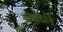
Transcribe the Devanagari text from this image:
कमांडरने